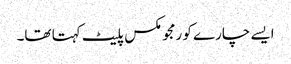
ایسے چارے کو رمجو مکس پلیٹ کہتا تھا۔